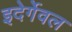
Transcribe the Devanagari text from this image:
इदेर्गेवल